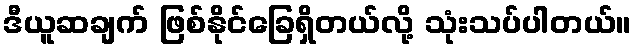
ဒီယူဆချက် ဖြစ်နိုင်ခြေရှိတယ်လို့ သုံးသပ်ပါတယ်။